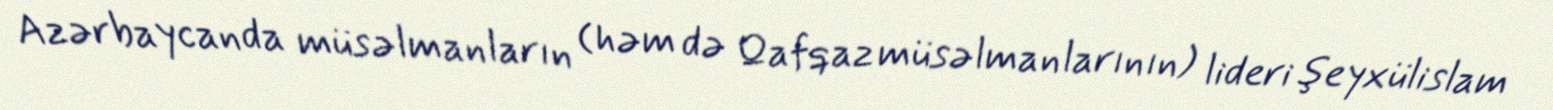
Azərbaycanda müsəlmanların (həm də Qafqaz müsəlmanlarının) lideri şeyxülislam